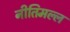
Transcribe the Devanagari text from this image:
नीतिमल्ल